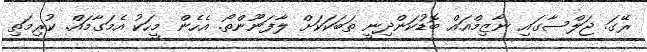
ރޭގަ. ޖަލްސާގައި ނާޒިމްއައް ބޮޑުކަންދިނީ ތަބަކަކަށް ލާފަނޫންތޯ. އެހެން މީހަކު އެމަގާމައް. ކުރިމަތި